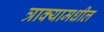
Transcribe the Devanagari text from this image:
त्राक्यामधील